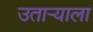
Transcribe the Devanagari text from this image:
उताऱ्याला